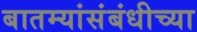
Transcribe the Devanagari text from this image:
बातम्यांसंबंधीच्या